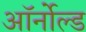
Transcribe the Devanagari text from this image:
ऑर्नोल्ड